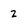
Character: 2